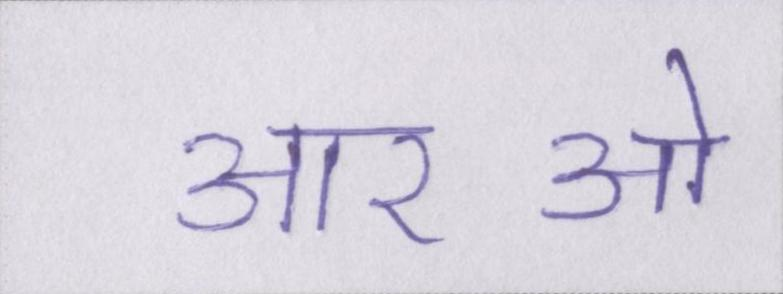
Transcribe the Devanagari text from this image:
आरओ